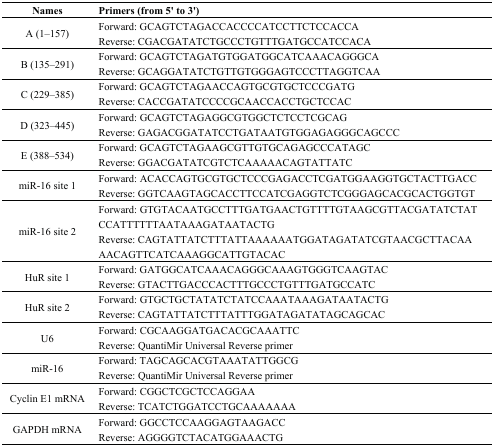
| Names | Primers (from 5' to 3') |
 | --- | --- |
 | <ROWSPAN=2> A (1–157) | Forward: GCAGTCTAGACCACCCCATCCTTCTCCACCA |
 | Reverse: CGACGATATCTGCCCTGTTTGATGCCATCCACA |
 | <ROWSPAN=2> B (135–291) | Forward: GCAGTCTAGATGTGGATGGCATCAAACAGGGCA |
 | Reverse: GCAGGATATCTGTTGTGGGAGTCCCTTAGGTCAA |
 | <ROWSPAN=2> C (229–385) | Forward: GCAGTCTAGAACCAGTGCGTGCTCCCGATG |
 | Reverse: CACCGATATCCCCGCAACCACCTGCTCCAC |
 | <ROWSPAN=2> D (323–445) | Forward: GCAGTCTAGAGGCGTGGCTCTCCTCGCAG |
 | Reverse: GAGACGGATATCCTGATAATGTGGAGAGGGCAGCCC |
 | <ROWSPAN=2> E (388–534) | Forward: GCAGTCTAGAAGCGTTGTGCAGAGCCCATAGC |
 | Reverse: GGACGATATCGTCTCAAAAACAGTATTATC |
 | <ROWSPAN=2> miR-16 site 1 | Forward: ACACCAGTGCGTGCTCCCGAGACCTCGATGGAAGGTGCTACTTGACC |
 | Reverse: GGTCAAGTAGCACCTTCCATCGAGGTCTCGGGAGCACGCACTGGTGT |
 | <ROWSPAN=2> miR-16 site 2 | Forward: GTGTACAATGCCTTTGATGAACTGTTTTGTAAGCGTTACGATATCTATCCATTTTTTAATAAAGATAATACTG |
 | Reverse: CAGTATTATCTTTATTAAAAAATGGATAGATATCGTAACGCTTACAAAACAGTTCATCAAAGGCATTGTACAC |
 | <ROWSPAN=2> HuR site 1 | Forward: GATGGCATCAAACAGGGCAAAGTGGGTCAAGTAC |
 | Reverse: GTACTTGACCCACTTTGCCCTGTTTGATGCCATC |
 | <ROWSPAN=2> HuR site 2 | Forward: GTGCTGCTATATCTATCCAAATAAAGATAATACTG |
 | Reverse: CAGTATTATCTTTATTTGGATAGATATAGCAGCAC |
 | <ROWSPAN=2> U6 | Forward: CGCAAGGATGACACGCAAATTC |
 | Reverse: QuantiMir Universal Reverse primer |
 | <ROWSPAN=2> miR-16 | Forward: TAGCAGCACGTAAATATTGGCG |
 | Reverse: QuantiMir Universal Reverse primer |
 | <ROWSPAN=2> Cyclin E1 mRNA | Forward: CGGCTCGCTCCAGGAA |
 | Reverse: TCATCTGGATCCTGCAAAAAAA |
 | <ROWSPAN=2> GAPDH mRNA | Forward: GGCCTCCAAGGAGTAAGACC |
 | Reverse: AGGGGTCTACATGGAAACTG |